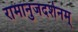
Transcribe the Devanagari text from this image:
रामानुजदर्शनम्